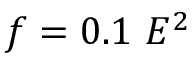
f = 0 . 1 ~ E ^ { 2 }